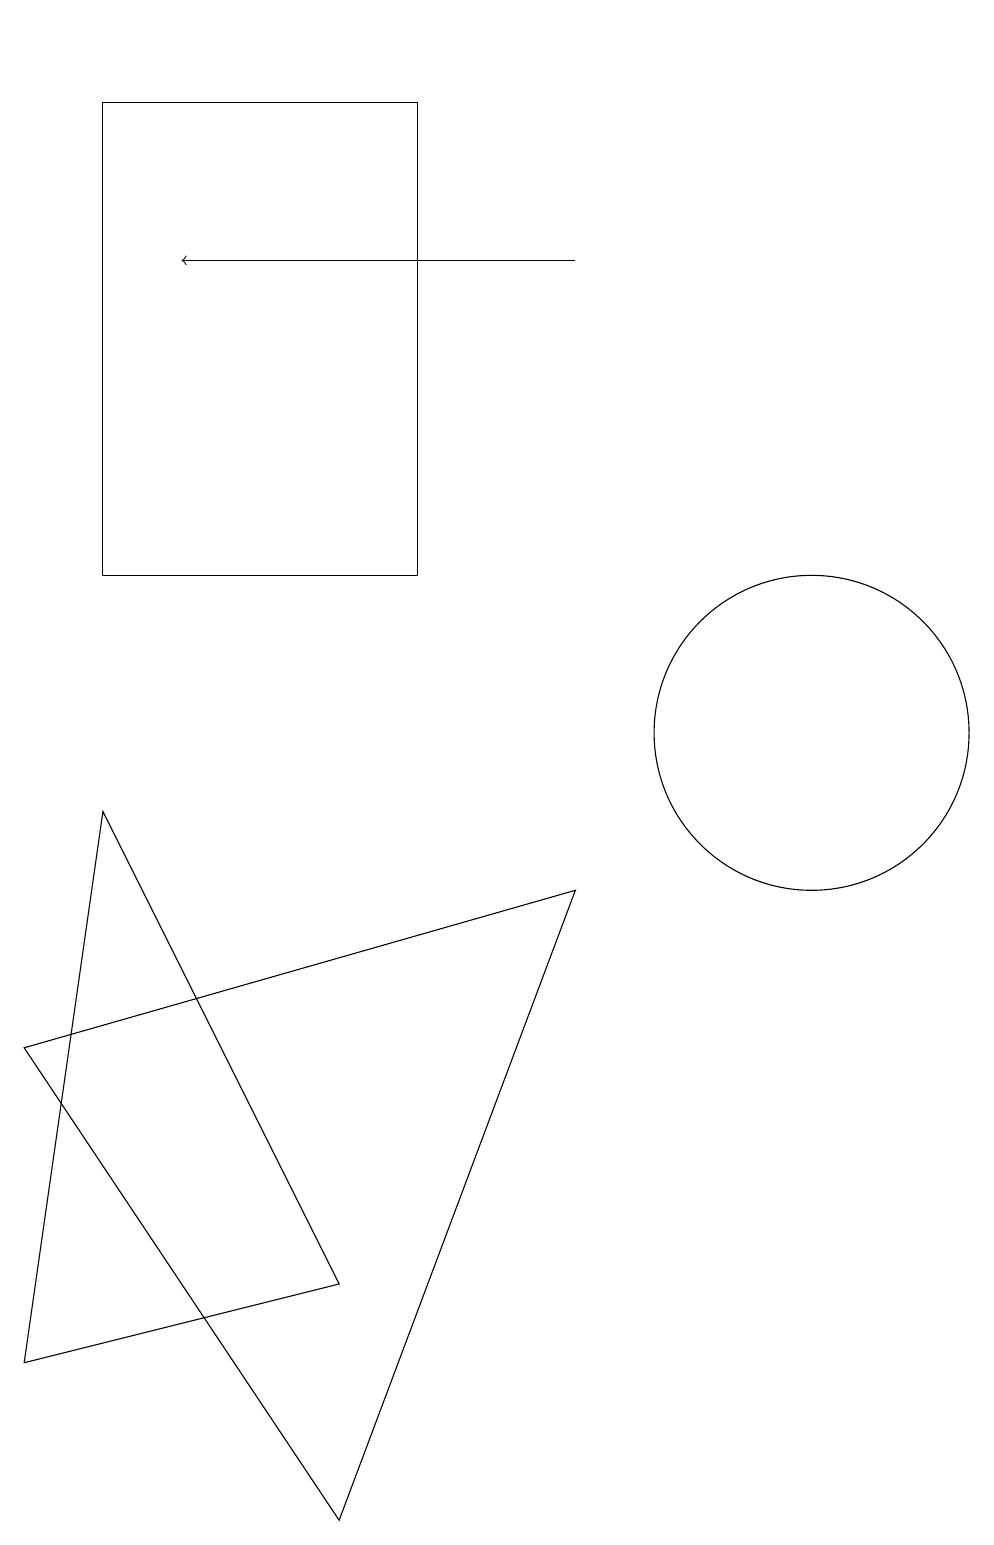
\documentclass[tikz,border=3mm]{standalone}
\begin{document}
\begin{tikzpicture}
\draw[->] (7,16) -- (2,16);
\draw (1,9) -- (4,3) -- (0,2) -- cycle;
\draw (0,19) rectangle (0,19);
\draw (1,18) rectangle (5,12);
\draw (10,10) circle (2);
\draw (0,6) -- (4,0) -- (7,8) -- cycle;
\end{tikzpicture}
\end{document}